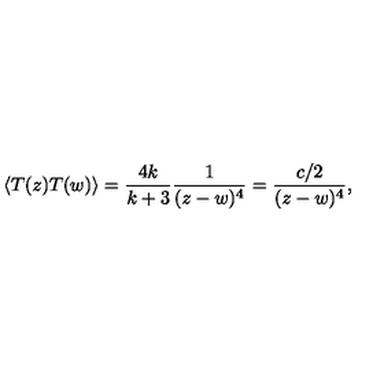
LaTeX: \langle T ( z ) T ( w ) \rangle = \frac { 4 k } { k + 3 } \frac { 1 } { ( z - w ) ^ { 4 } } = \frac { c / 2 } { ( z - w ) ^ { 4 } } ,